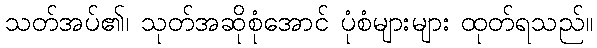
သတ်အပ်၏၊ သုတ်အဆိုစုံအောင် ပုံစံများများ ထုတ်ရသည်။